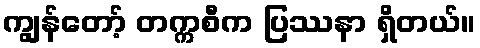
ကျွန်တော့် တက္ကစီက ပြဿနာ ရှိတယ်။